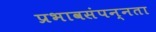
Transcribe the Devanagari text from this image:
प्रभावसंपन्नता